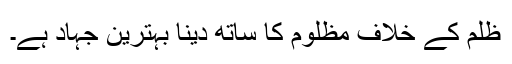
ظلم کے خلاف مظلوم کا ساتھ دینا بہترین جہاد ہے۔